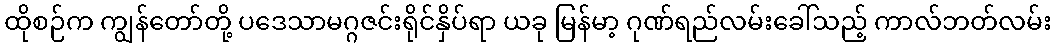
ထိုစဉ်က ကျွန်တော်တို့ ပဒေသာမဂ္ဂဇင်းရိုင်နှိပ်ရာ ယခု မြန်မာ့ ဂုဏ်ရည်လမ်းခေါ်သည့် ကာလ်ဘတ်လမ်း